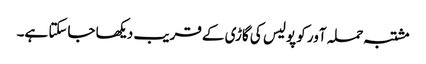
مشتبہ حملہ آور کو پولیس کی گاڑی کے قریب دیکھا جاسکتا ہے۔